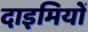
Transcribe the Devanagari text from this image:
दाइमियों